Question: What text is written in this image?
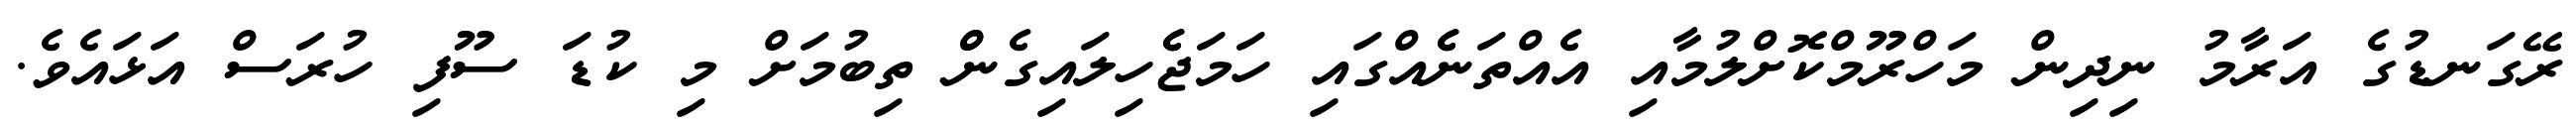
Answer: ރޭގަނޑުގެ އަރާމު ނިދިން މަހްރޫމްކޮށްލުމާއި އެއްތަނެެއްގައި ހަމަޖެެހިލައިގެންް ތިބުމަށް މި ކުޑަ ސޫފި ހުރަސް އަޅައެވެ.